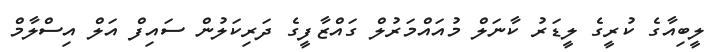
ލީބިއާގެ ކުރީގެ ލީޑަރު ކާނަލް މުއައްމަރުލް ގައްޒާފީގެ ދަރިކަލުން ސައިފް އަލް އިސްލާމް